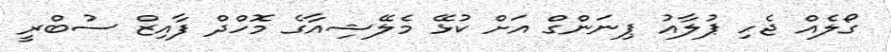
ގޯލެއް ޖެހި ޕުލާއު ޕިނަންގް އަށް ކުޅޭ މެލޭޝިއާގެ މޮހްދް ފާއިޒް ސުބްރީ